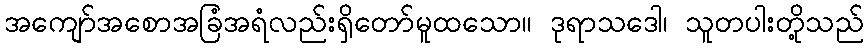
အကျော်အစောအခြံအရံလည်းရှိတော်မူထသော။ ဒုရာသဒေါ၊ သူတပါးတို့သည်